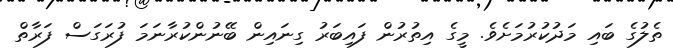
ތެލުގެ ބައި މަދުކުރުމަށެވެ. މީގެ އިތުރުން ފައިބަރު ގިނައިން ބޭނުންކުރާނަމަ ފުރަގަސް ފަރާތް